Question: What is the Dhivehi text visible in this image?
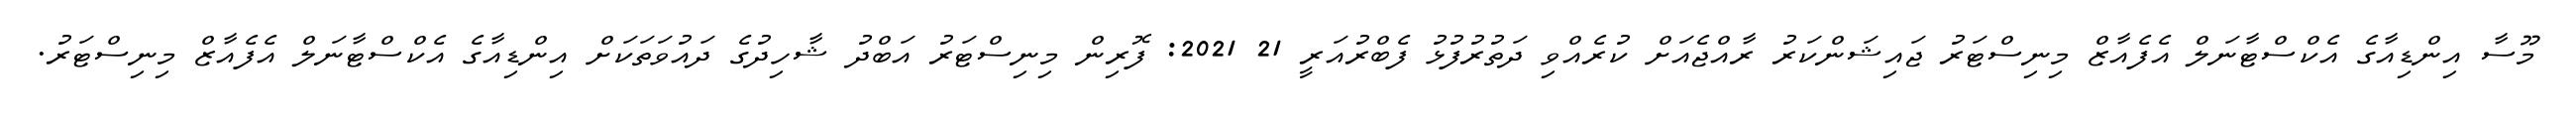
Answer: މޫސާ އިންޑިއާގެ އެކްސްޓާނަލް އެފެއާޒް މިނިސްޓަރު ޖައިޝަންކަރު ރާއްޖެއަށް ކުރެއްވި ދަތުރުފުޅު ފެބްރުއަރީ 21 2021: ފޮރިން މިނިސްޓަރު އަބްދު ޝާހިދުގެ ދައުވަތަކަށް އިންޑިއާގެ އެކްސްޓާނަލް އެފެއާޒް މިނިސްޓަރު.